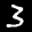
Label: 3